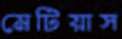
মেটিয়াস